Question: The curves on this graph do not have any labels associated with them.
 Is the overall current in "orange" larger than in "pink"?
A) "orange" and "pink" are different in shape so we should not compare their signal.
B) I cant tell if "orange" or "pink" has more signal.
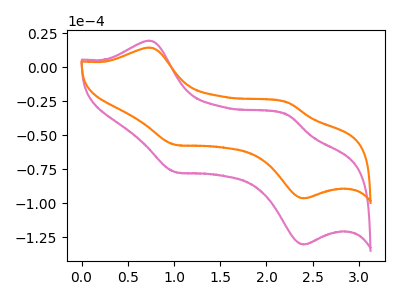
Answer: <think>The pink curve "pink" has anodic peaks at (0.75V, 19.55uA) (2.25V, -35.25uA) and cathodic peaks at (1.00V, -77.10uA) (2.40V, -130.50uA). The orange curve "orange" has anodic peaks at (0.75V, 14.45uA) (2.25V, -26.05uA) and cathodic peaks at (1.00V, -57.05uA) (2.40V, -96.50uA).
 All the peaks in "orange" have a peak in "pink" at the same potential.</think>
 <answer>B) I cant tell if "orange" or "pink" has more signal.</answer>
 <eval>B</eval>